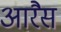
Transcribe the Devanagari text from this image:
आरैस